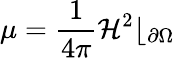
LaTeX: \mu=\frac{1}{4\pi}\mathcal H^{2}\lfloor_{\partial\Omega}